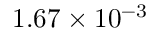
1 . 6 7 \times 1 0 ^ { - 3 }